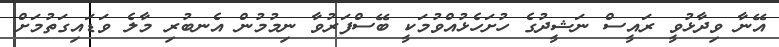
އޭނާ ވިދާޅުވީ ރައީސް ނަޝީދުގެ ހުށަހެޅުއްވުމަކީ ބޭސްފަރުވާ ނިމުމުން އެނބުރި މާލެ ވަޑައިގަތުމަށް